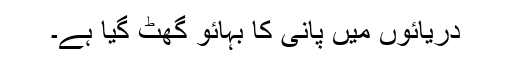
دریائوں میں پانی کا بہائو گھٹ گیا ہے۔